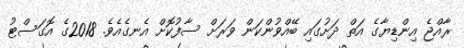
ރާއްޖެ އިންޑިޔާގެ އަތް ދަށުގައި ބޭއްވުންކަން ވަރަށް ސާފުކޮށް އެނގެއެވެ. 2018ގެ އޮގަސްޓު